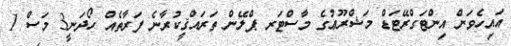
އައިހެވަން އިންޓަގްރޭޓަޑް މަޝްރޫޢުގެ މާސްޓަރ ޕްލޭން ތަރައްޤީކުރާނެ ފަރާތެއް ހޯދަނީ3 މަސް 1